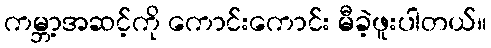
ကမ္ဘာ့အဆင့်ကို ကောင်းကောင်း မီခဲ့ဖူးပါတယ်။